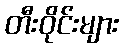
တီးဝိုင်းများ